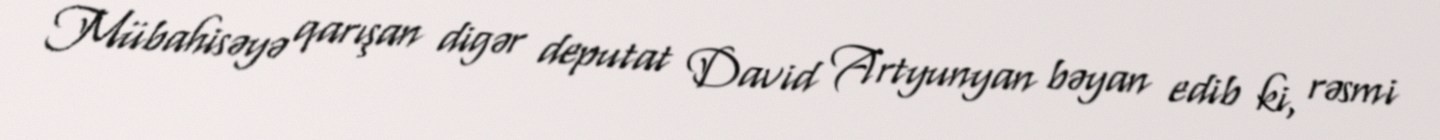
Mübahisəyə qarışan digər deputat David Artyunyan bəyan edib ki, rəsmi